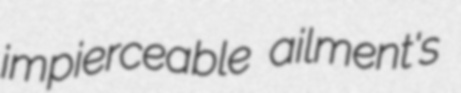
impierceable ailment's